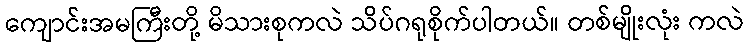
ကျောင်းအမကြီးတို့ မိသားစုကလဲ သိပ်ဂရုစိုက်ပါတယ်။ တစ်မျိုးလုံး ကလဲ